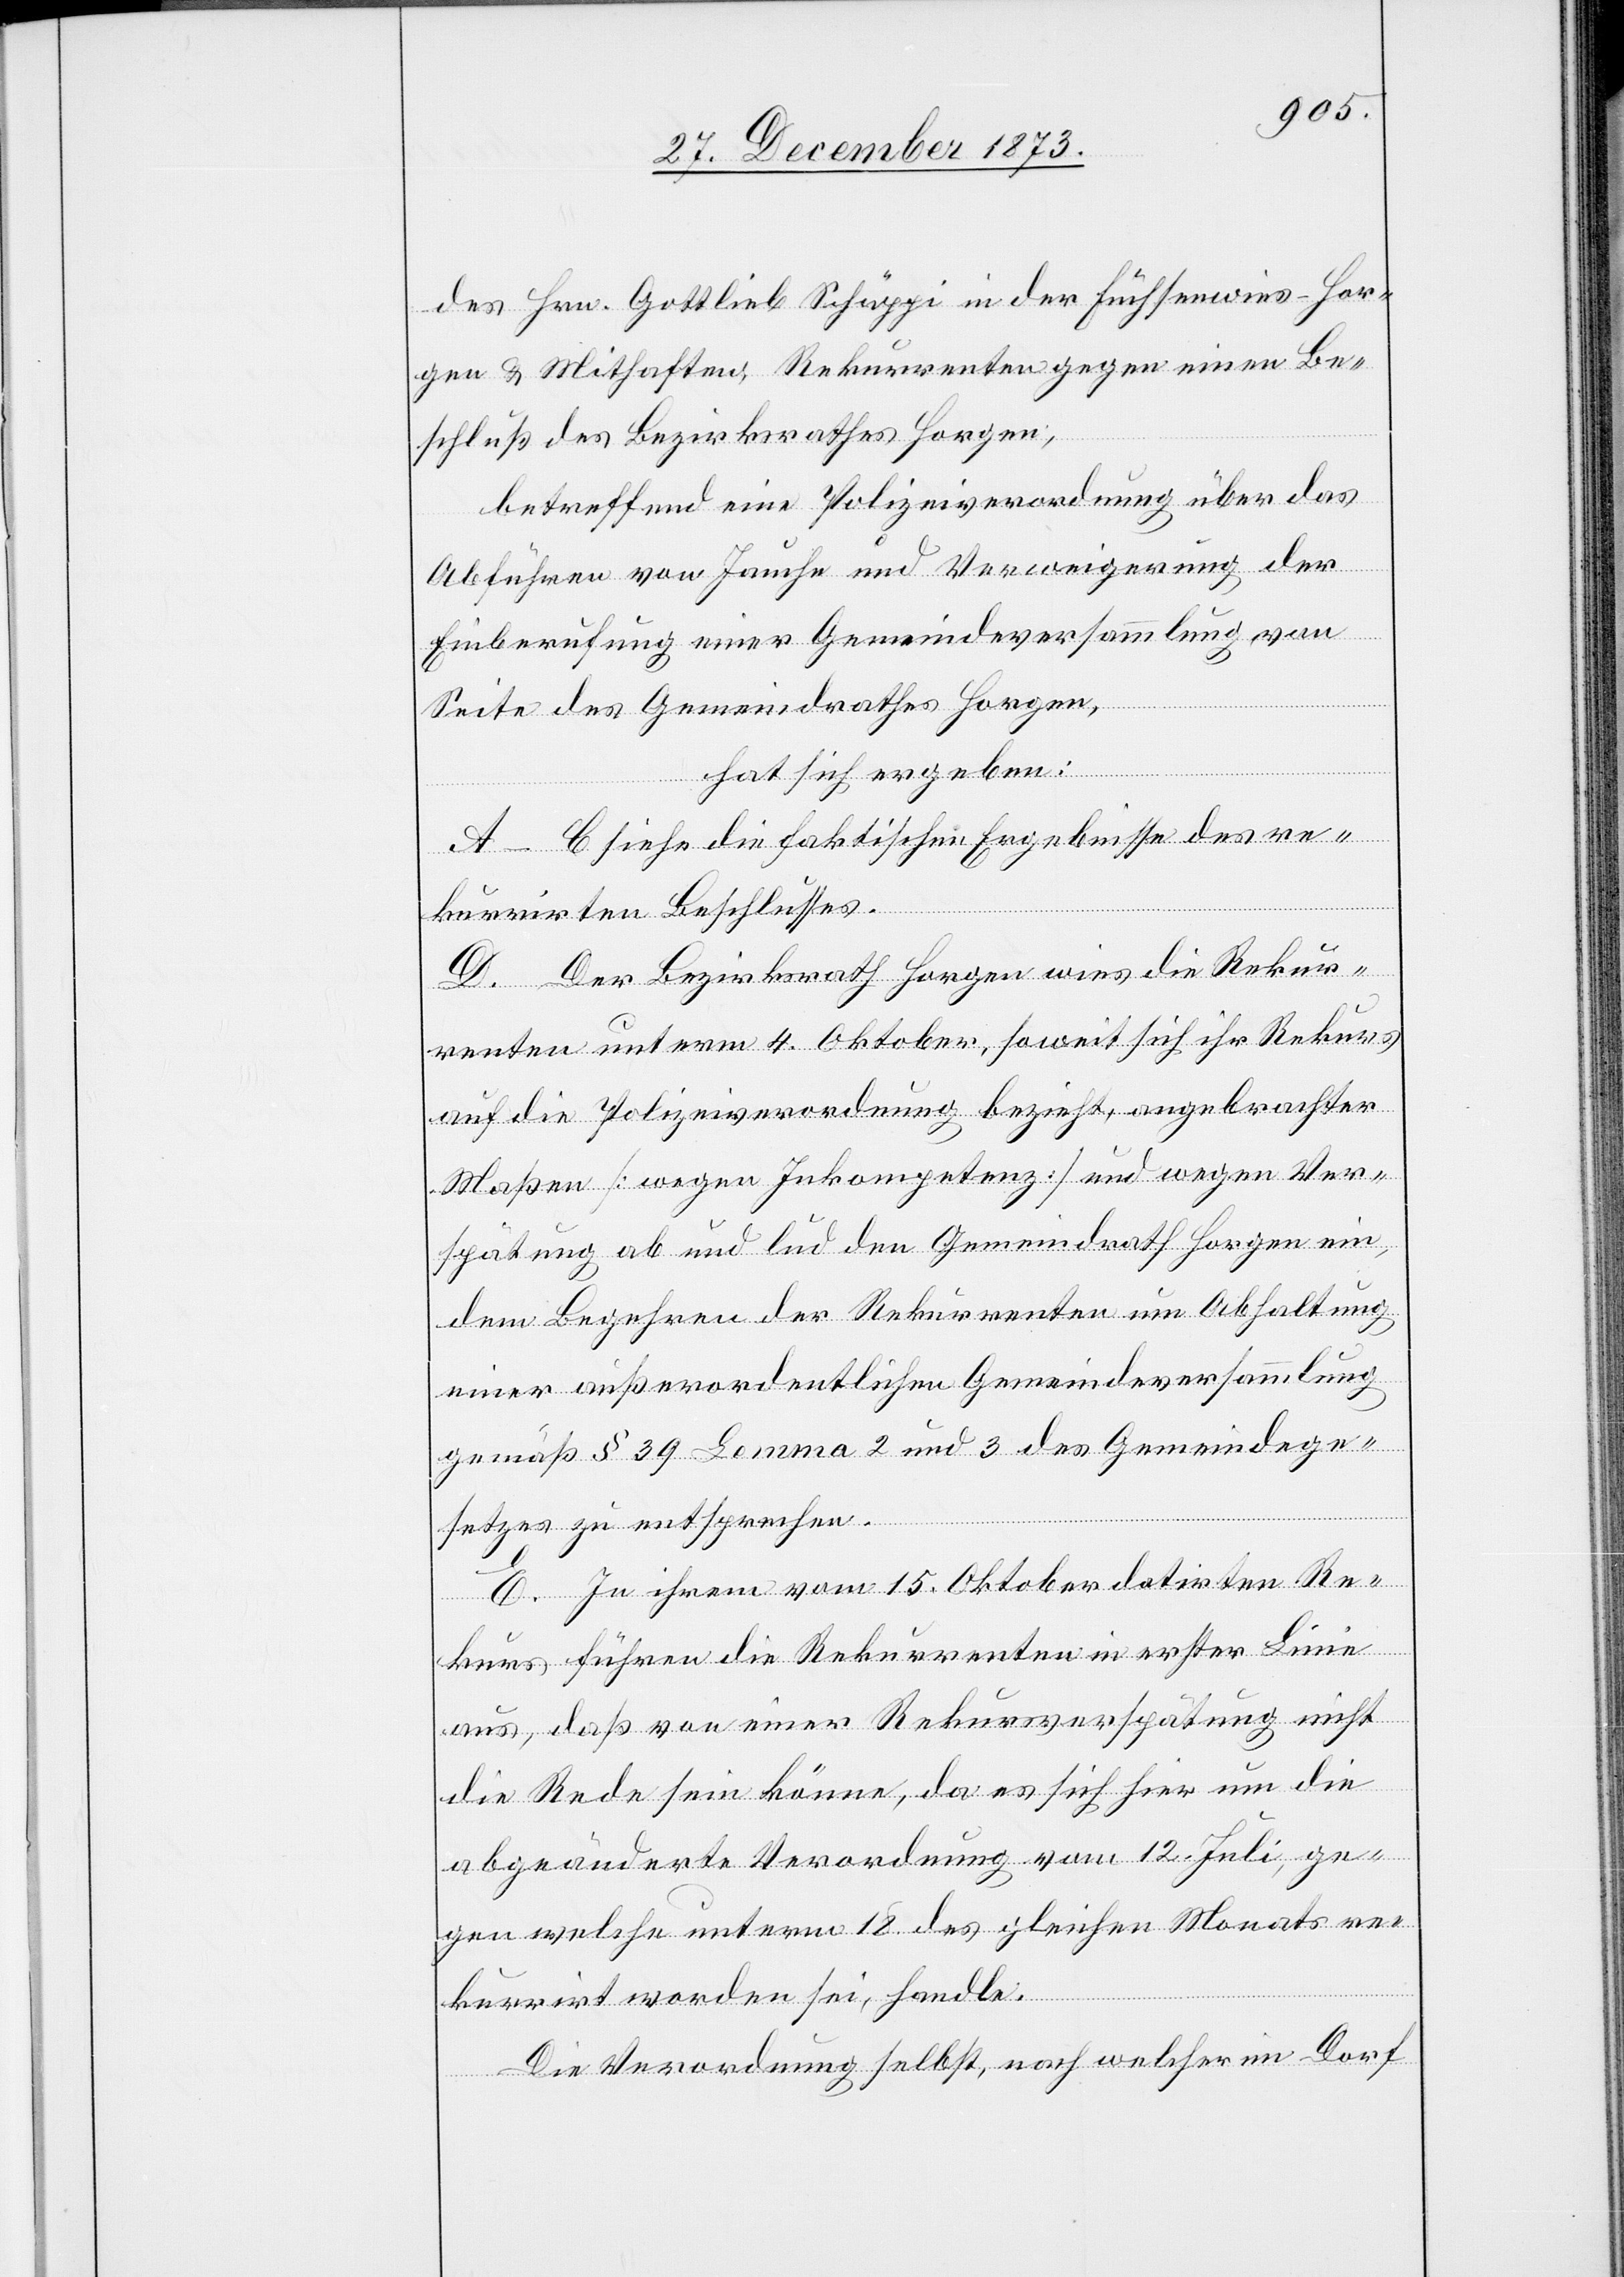
des Hrn. Gottlieb Schäppi in der Füchsenwies - Hor¬
gen & Mithaften, Rekurrenten gegen einen Be¬
schluß des Bezirksrathes Horgen,
betreffend eine Polizeiverordnung über das
Abführen von Jauche und Verweigerung der
Einberufung einer Gemeindeversammlung von
Seite des Gemeindrathes Horgen,
hat sich ergeben:
A–C siehe die faktischen Ergebnisse des re¬
kurrirten Beschlusses.
D. Der Bezirksrath Horgen wies die Rekur¬
renten unterm 4. Oktober, soweit sich ihr Rekurs
auf die Polizeiverordnung bezieht, angebrachter
Maßen [wegen Inkompetenz] und wegen Ver¬
spätung ab und lud den Gemeindrath Horgen ein,
dem Begehren der Rekurrenten um Abhaltung
einer außerordentlichen Gemeindeversammlung
gemäß § 39 Lemma 2 und 3 des Gemeindege¬
setzes zu entsprechen.
E. In ihrem vom 15. Oktober datirten Re¬
kurs führen die Rekurrenten in erster Linie
aus, daß von einer Rekursverspätung nicht
die Rede sein könne, da es sich hier um die
abgeänderte Verordnung vom 12. Juli, ge¬
gen welche unterm 18. des gleichen Monats re¬
kurrirt worden sei, handle.
Die Verordnung selbst, nach welcher im Dorf